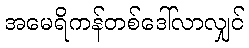
အမေရိကန်တစ်ဒေါ်လာလျှင်